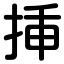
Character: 挿